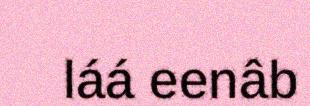
láá eenâb